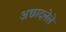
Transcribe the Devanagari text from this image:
अछादलेले